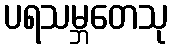
ပရသမ္ဘတေသု